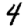
Digit: 4